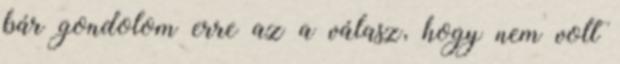
bár gondolom erre az a válasz, hogy nem volt